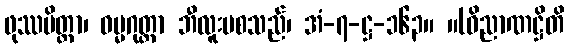
ဖုဿမိတ္တာ၊ ဓမ္မဂုတ္တာ ဘီလူးမစသည်၊ အံ-၇-ဋ္ဌ-၁၆၃။ ။(ဝိညာဏဋ္ဌိတိ